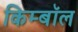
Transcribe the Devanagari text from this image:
किम्बॉल